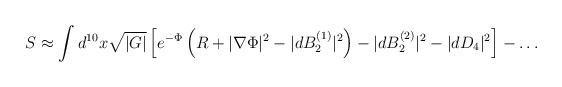
LaTeX: \begin{align*}S \approx \int d^{10}x \sqrt{|G|} \left[ e^{-\Phi} \left( R+|\nabla \Phi |^2 -| dB_2^{(1)} |^2 \right) -|dB_2^{(2)}|^2 -|dD_4|^2 \right] -\ldots\end{align*}